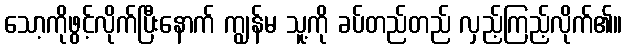
သော့ကိုဖွင့်လိုက်ပြီးနောက် ကျွန်မ သူ့ကို ခပ်တည်တည် လှည့်ကြည့်လိုက်၏။